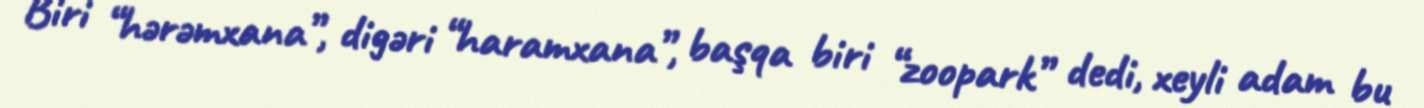
Biri “hərəmxana”, digəri “haramxana”, başqa biri “zoopark” dedi, xeyli adam bu